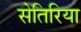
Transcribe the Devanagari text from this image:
सेतिरिया